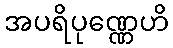
အပရိပုဏ္ဏေဟိ